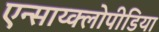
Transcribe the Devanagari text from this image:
एन्साय्क्लोपीडिया